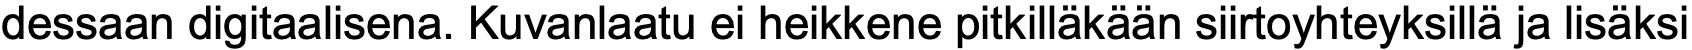
dessaan digitaalisena. Kuvanlaatu ei heikkene pitkilläkään siirtoyhteyksillä ja lisäksi